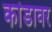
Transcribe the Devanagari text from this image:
कांडावर